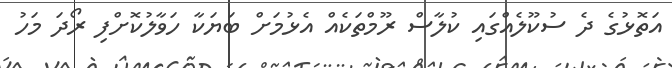
އަތޮޅުގެ ދެ ސުކޫލެއްގައި ކުލާސް ރޫމްތަކެއް އެޅުމަށް ބަޔަކާ ހަވާލުކޮށްފި ރޯދަ މަހު